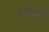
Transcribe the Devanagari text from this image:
संक्रमणाची